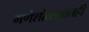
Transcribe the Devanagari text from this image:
गणेशोत्सवातही